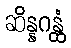
ဆိန္နဂန္ထံ